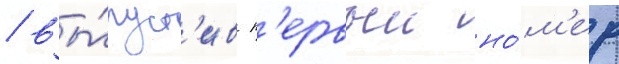
/ вы́пуст'ив п'ервыи но́м'ер